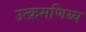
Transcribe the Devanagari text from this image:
उत्क्रमणिय्य